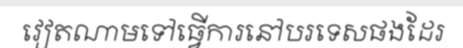
វៀតណាមទៅធ្វើការនៅបរទេសផងដែរ